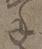
年